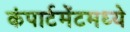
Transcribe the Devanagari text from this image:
कंपार्टमेंटमध्ये